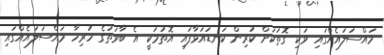
މައްސަލައެއްގައި ވަކި ގޮތަކަށް ކުރިން ކަނޑައަޅާފައި އޮތުމަކީ އެ ބާވަތުގެ ހުރިހާ މައްސަލައެއްގައި